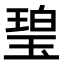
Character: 𤧥